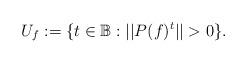
LaTeX: \begin{align*}U_f:= \{t\in\mathbb B: ||P(f)^t||>0\}.\end{align*}